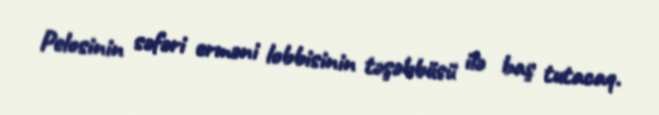
Pelosinin səfəri erməni lobbisinin təşəbbüsü ilə baş tutacaq.